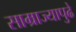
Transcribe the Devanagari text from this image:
साम्राज्यापुढे